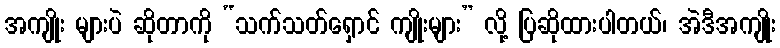
အကျိုး များပဲ ဆိုတာကို “သက်သတ်ရှောင် ကျိုးများ” လို့ ပြဆိုထားပါတယ်၊ အဲဒီအကျိုး